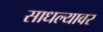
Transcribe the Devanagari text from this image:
साधल्यावर